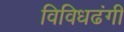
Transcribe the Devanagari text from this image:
विविधढंगी